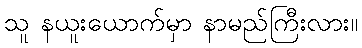
သူ နယူးယောက်မှာ နာမည်ကြီးလား။